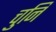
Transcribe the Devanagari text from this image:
चुनि